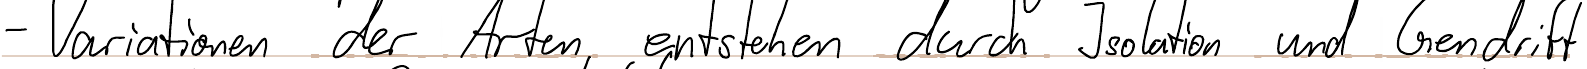
- Variationen der Arten entstehen durch Isolation und Gendrift